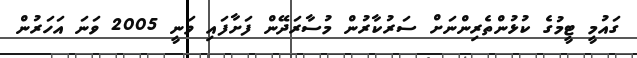
ގައުމީ ޓީމުގެ ކުޅުންތެރިންނަށް ސަރުކާރުން މުސާރަދޭން ފަށާފައި ވަނީ 2005 ވަނަ އަހަރުން